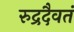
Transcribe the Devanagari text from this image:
रुद्रदैवतं